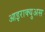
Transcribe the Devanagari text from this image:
आइराक्युअस